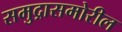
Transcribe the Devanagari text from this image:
समुद्रासमोरील